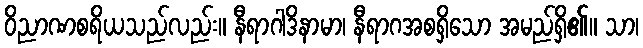
ဝိညာဏစရိယသည်လည်း။ နီရာဂါဒိနာမာ၊ နီရာဂအစရှိသော အမည်ရှိ၏။ သာ၊